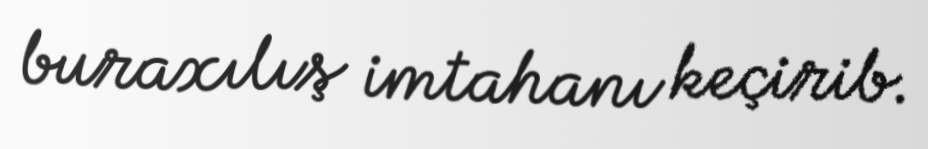
buraxılış imtahanı keçirib.